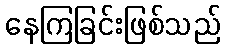
နေကြခြင်းဖြစ်သည်